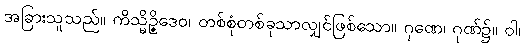
အခြားသူသည်။ ကိသ္မိဉ္ဇိဒေဝ၊ တစ်စုံတစ်ခုသာလျှင်ဖြစ်သော။ ဂုဏေ၊ ဂုဏ်၌။ ဝါ၊